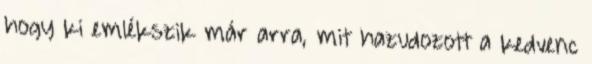
hogy ki emlékszik már arra, mit hazudozott a kedvenc